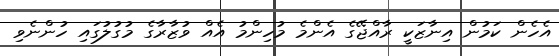
އެހެން ކަމުން އިނާޒަކީ ރާއްޖޭގެ އެންމެ މުހިންމު އެއް ވުޒާރާގެ މުގުލުގައި ހުންނެވި